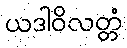
ယဒါဝိလတ္တံ